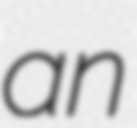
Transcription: an